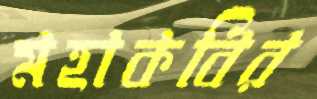
মহাকবির